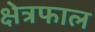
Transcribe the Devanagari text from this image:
क्षेत्रफाल